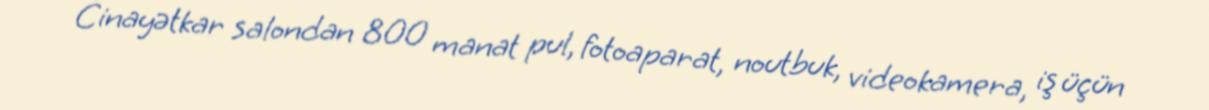
Cinayətkar salondan 800 manat pul, fotoaparat, noutbuk, videokamera, iş üçün